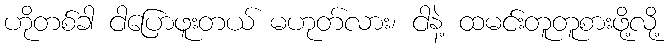
ဟိုတစ်ခါ ငါပြောဖူးတယ် မဟုတ်လား၊ ငါနဲ့ ထမင်းတူတူစားဖို့လို့